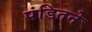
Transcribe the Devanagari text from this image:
पंडितने